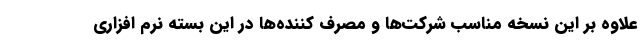
علاوه بر این نسخه مناسب شرکت‌ها و مصرف کننده‌ها در این بسته نرم افزاری